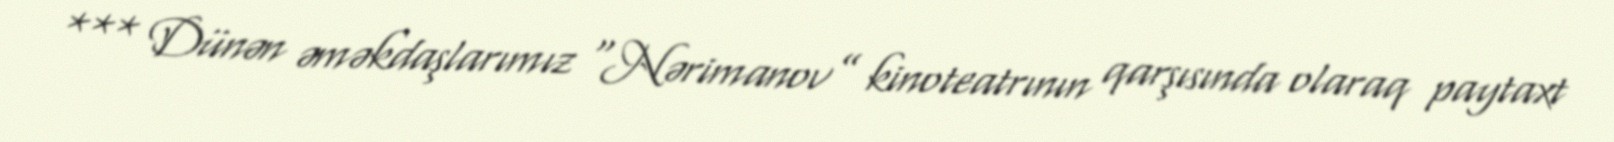
*** Dünən əməkdaşlarımız “Nərimanov” kinoteatrının qarşısında olaraq paytaxt